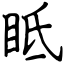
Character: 眡